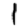
Digit: 1